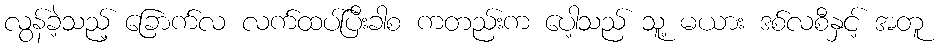
လွန်ခဲ့သည့် ခြောက်လ လက်ထပ်ပြီးခါစ ကတည်းက ပေါ့သည် သူ့ မယား ဒစ်လစီနှင့် အတူ